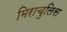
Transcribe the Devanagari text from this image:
मिराचुलिस